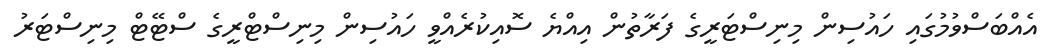
އެއްބަސްވުމުގައި ހައުސިން މިނިސްޓަރީގެ ފަރާތުން އިއްޔެ ސޮއިކުރެއްވީ ހައުސިން މިނިސްޓްރީގެ ސްޓޭޓް މިނިސްޓަރު